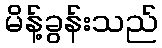
မိန့်ခွန်းသည်